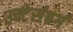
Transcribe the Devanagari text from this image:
उन्टेर्सबर्ग